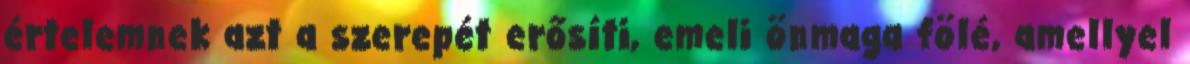
értelemnek azt a szerepét erősíti, emeli önmaga fölé, amellyel